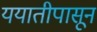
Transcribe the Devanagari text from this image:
ययातीपासून